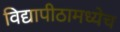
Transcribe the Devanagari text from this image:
विद्यापीठामध्येच